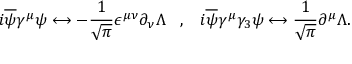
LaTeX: i \overline { { { \psi } } } \gamma ^ { \mu } \psi \longleftrightarrow - \frac { 1 } { \sqrt { \pi } } \epsilon ^ { \mu \nu } \partial _ { \nu } \Lambda \; \; \; , \; \; \; i \overline { { { \psi } } } \gamma ^ { \mu } \gamma _ { 3 } \psi \longleftrightarrow \frac { 1 } { \sqrt { \pi } } \partial ^ { \mu } \Lambda .